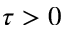
\tau > 0